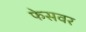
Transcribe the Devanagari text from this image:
फेसवर